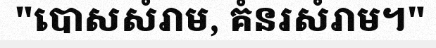
"បោសសំរាម, គំនរសំរាម។"